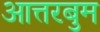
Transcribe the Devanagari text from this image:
आत्तरबुम